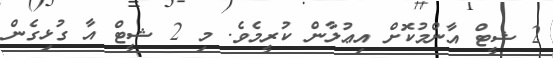
2 ޝީޓް އާންމުކޮށް އިޢުލާން ކުރީމެވެ. މި 2 ޝީޓް އާ ގުޅިގެން